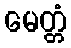
မေတ္တံ